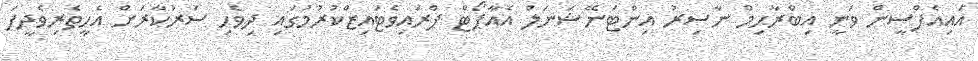
އައިއެފްސީން ވަނީ އިބްރާޙިމް ނާސިރު އިންޓަނޭޝަނަލް އެއާޕޯޓް ޕްރައިވެޓައިޒްކުރުމުގައި ދިވެހި ސަރުކާރަށް އެހީތެރިވެދީފަ